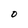
Character: 0